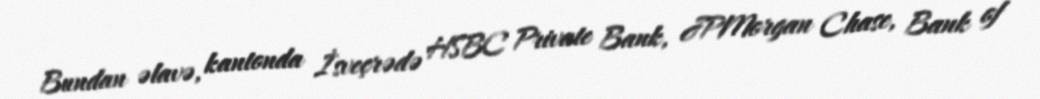
Bundan əlavə, kantonda İsveçrədə HSBC Private Bank, JPMorgan Chase, Bank of